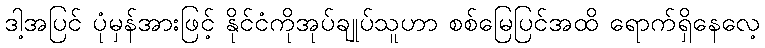
ဒါ့အပြင် ပုံမှန်အားဖြင့် နိုင်ငံကိုအုပ်ချုပ်သူဟာ စစ်မြေပြင်အထိ ရောက်ရှိနေလေ့